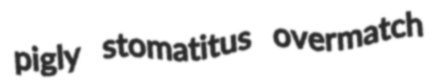
pigly stomatitus overmatch